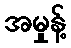
အမှုန့်